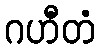
ဂဟီတံ